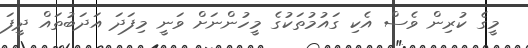
މީގެ ކުރިން ވެސް އެކި ގައުމުތަކުގެ މީހުންނަށް ވަނީ މިފަދަ އަދަބުތަައް ދީފަ